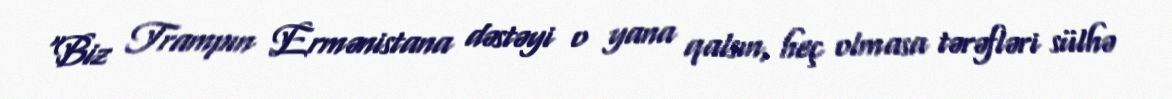
“Biz Trampın Ermənistana dəstəyi o yana qalsın, heç olmasa tərəfləri sülhə